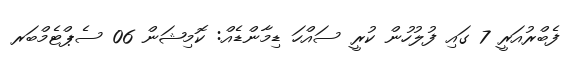
ފެބްރުއަރީ 7 ގައި ފުލުހުން ކުރީ ސައްހަ ޑިމާންޑެއް: ކޮމިޝަން 06 ސެޕްޓެމްބަރ